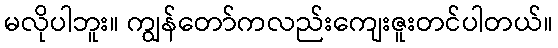
မလိုပါဘူး။ ကျွန်တော်ကလည်းကျေးဇူးတင်ပါတယ်။